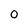
Character: 0